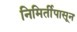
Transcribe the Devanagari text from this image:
निमिर्तीपासून